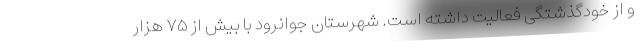
و از خودگذشتگی فعالیت داشته است. شهرستان جوانرود با بیش از ۷۵ هزار